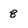
Character: 8